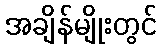
အချိန်မျိုးတွင်